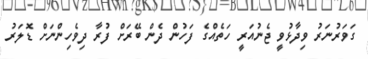
ގަވަރުނަރު ވިދާޅުވީ ޖެނުއަރީ ހަތެއްގެ ފަހުން ދެން ބޭރަށް ފުރާ ދިވެހިންނަށް ޑޮލަރު